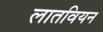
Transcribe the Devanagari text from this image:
लातवियन